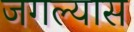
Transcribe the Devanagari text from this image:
जगल्यास